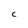
Character: c